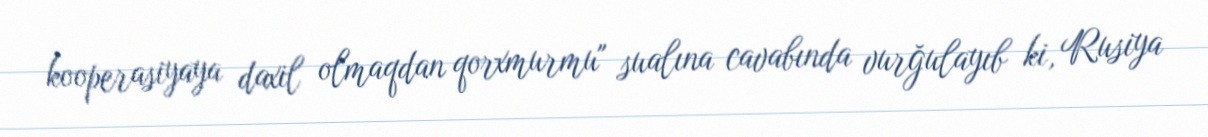
kooperasiyaya daxil olmaqdan qorxmurmu" sualına cavabında vurğulayıb ki, Rusiya